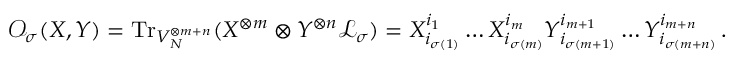
\mathcal { O } _ { \sigma } ( X , Y ) = \mathrm { T r } _ { V _ { N } ^ { \otimes m + n } } ( X ^ { \otimes m } \otimes Y ^ { \otimes n } \mathcal { L } _ { \sigma } ) = X _ { i _ { \sigma ( 1 ) } } ^ { i _ { 1 } } \dots X _ { i _ { \sigma ( m ) } } ^ { i _ { m } } Y _ { i _ { \sigma ( m + 1 ) } } ^ { i _ { m + 1 } } \dots Y _ { i _ { \sigma ( m + n ) } } ^ { i _ { m + n } } \, .